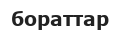
бораттар